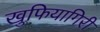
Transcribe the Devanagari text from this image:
खुफियागिरी